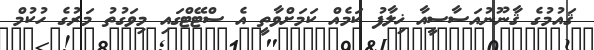
ޤައުމުގެ ޤާނޫނުއަސާސީއާ ޚިލާފު ކަމެއް ކަމަށްވާތީ އެ ސްޓޭޓްގައި މިވަގުތު މަރުގެ ހުކުމް